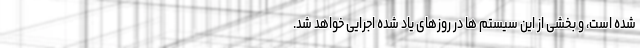
شده است، و بخشی از این سیستم ها در روزهای یاد شده اجرایی خواهد شد.